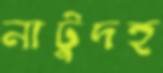
নাটুদহ